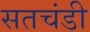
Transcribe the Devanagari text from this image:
सतचंडी